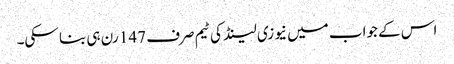
اس کے جواب میں نیوزی لینڈ کی ٹیم صرف 147 رن ہی بنا سکی۔